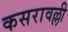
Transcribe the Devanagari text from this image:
कसरावल्ली